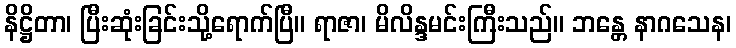
နိဋ္ဌိတာ၊ ပြီးဆုံးခြင်းသို့ရောက်ပြီ။ ရာဇာ၊ မိလိန္ဒမင်းကြီးသည်။ ဘန္တေ နာဂသေန၊